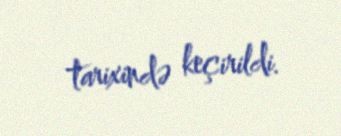
tarixində keçirildi.